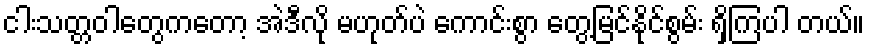
ငါးသတ္တဝါတွေကတော့ အဲဒီလို မဟုတ်ပဲ ကောင်းစွာ တွေ့မြင်နိုင်စွမ်း ရှိကြပါ တယ်။